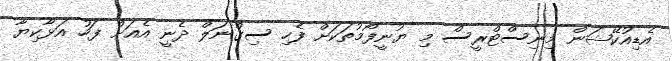
އެޑިއުކޭޝަން މިނިސްޓްރީސް މި ޔުނީފޯމުތަކަށް ފެހި ސިގްނަލް ދެނީ އެއަށް ފަހު އަޅާކިޔާ